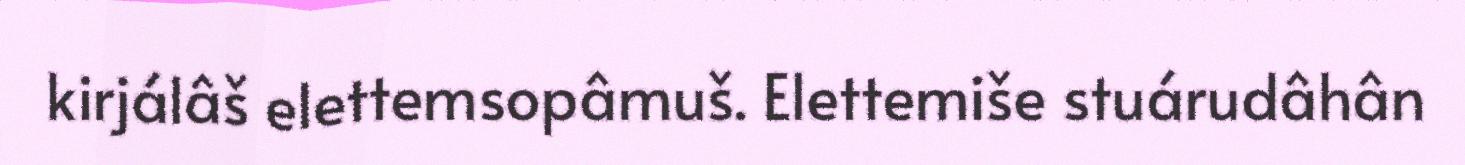
kirjálâš elettemsopâmuš. Elettemiše stuárudâhân